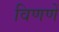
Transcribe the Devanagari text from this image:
विणणें